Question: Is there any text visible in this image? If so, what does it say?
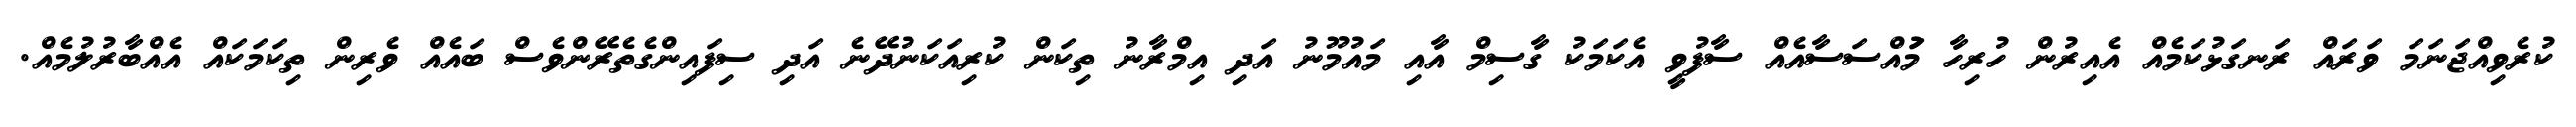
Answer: ކުރެވިއްޖަނަމަ ވަރައް ރަނގަޅުކަމެއް އެއިރުން ހުރިހާ މުައްސަސާއެއް ސާފުވީ އެކަމަކު ގާސިމް އާއި މައުމޫނު އަދި އިމްރާނު ތިކަން ކުރިއަކަނުދޭނެ އަދި ސިފައިންގެތެރޭންވެސް ބައެއް ވެރިން ތިކަމަކައް އެއްބާރުލުމެއް.